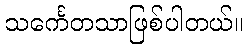
သင်္ကေတသာဖြစ်ပါတယ်။